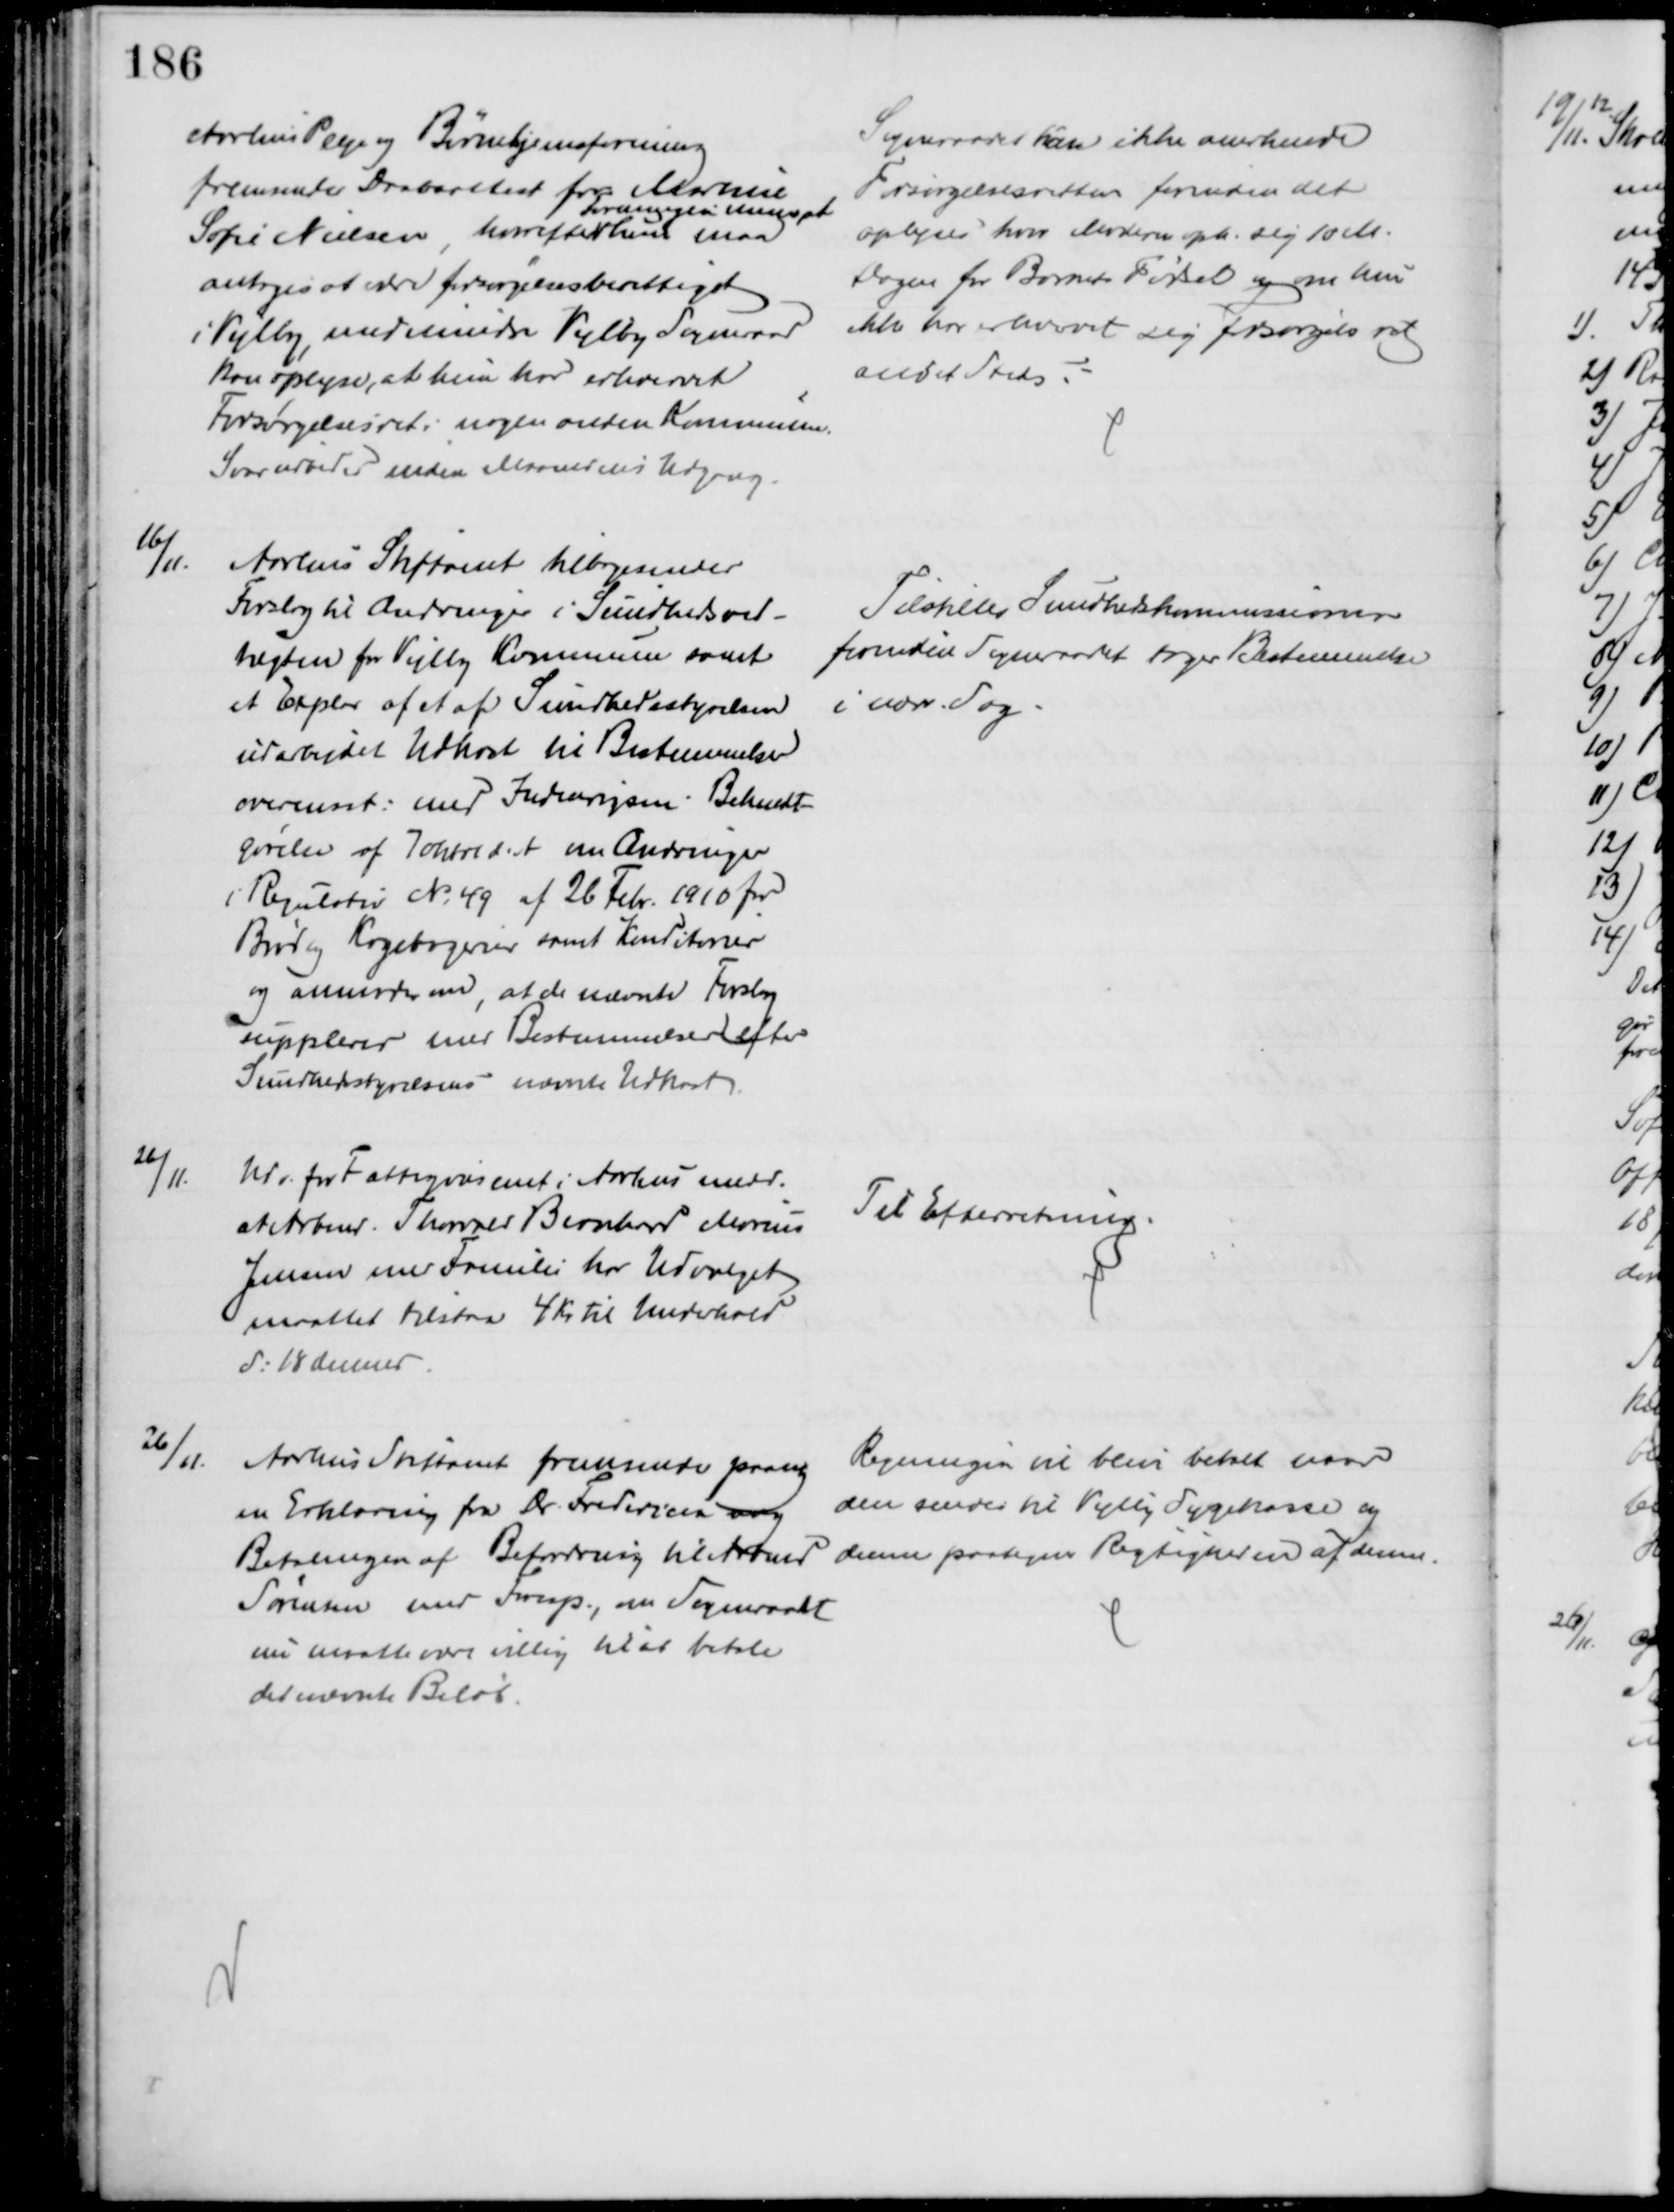
Transskription:
Aarhus Pleje og Børnehjemsforening
fremsender Daabsattest fra Martine
Sofie Nielsen, hvorefter 
Foreningen mener at
hun maa
antages at være forsørgelsesberettiget
i Vejlby, medmindre Vejlby Sogneraad
kan oplyse, at hun har erhvervet
Forsørgelsesret i nogen anden Kommune.
Svar udbedes inden Maanedens Udgang.
Sogneraadet kan ikke anerkende
Forsørgelsesretten forinden det
oplyses hvor Moderen oph. sig 10 M.
Dagen for Barnets Fødsel og om hun
ikke har erhvervet sig Forsørgelsesret 
andet Steds.
16/11.
Aarhus Stiftamt tilbagesender
Forslag til Ændringer i Sundhedsved-
tægten for Vejlby Kommune samt
et Explar af et af Sundhedsstyrelsen
udarbejdet Udkast til Bestemmelser
overensst. med Indenrigsm. Bekendt-
gørelse af 7 Oktob d. A. om Ændringer
i Regulativ № 49 af 26 Febr. 1910 for
Brød og Kagebagerier samt Konditorier
og anmoder om, at de nævnte Forslag
suppleres med Bestemmelser efter
Sundhedsstyrelsens nævnte Udkast
Tilstedes Sundhedskommissionen
forinden Sogneraadet tager Bestemmelse
i nærv. Sag
26/11.
Udv. for Fattigvæsenet i Aarhus medd.
at Arbmd. Thorvald Bernhard Marius
Jensen med Familie har Udvalget
maattet tilstaa 4 Kr til Underhold
d: 18 dennes
Til Efterretning.
26/11.
Aarhus Stiftamt fremsender paany
en Erklæring fra Dr. Fridericia ang
Betalingen af Befordring til Arbmd
Sørensen med Foresp., om Sogneraadet
nu maatte være villig til at betale
det nævnte Beløb.
Regningen vil blive betalt naar
den sendes til Vejlby Sygekasse og
denne paategner Rigtigheden af denne.